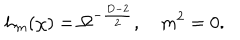
LaTeX: h _ { m } ( \chi ) = \Omega ^ { - \frac { D - 2 } { 2 } } , \hspace { 1 e m } m ^ { 2 } = 0 .